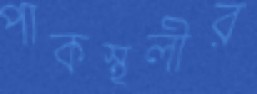
পাকস্থলীর